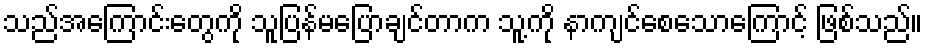
သည်အကြောင်းတွေကို သူပြန်မပြောချင်တာက သူ့ကို နာကျင်စေသောကြောင့် ဖြစ်သည်။